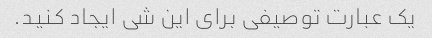
یک عبارت توصیفی برای این شی ایجاد کنید.